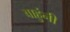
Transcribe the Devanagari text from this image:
बाहुंनी